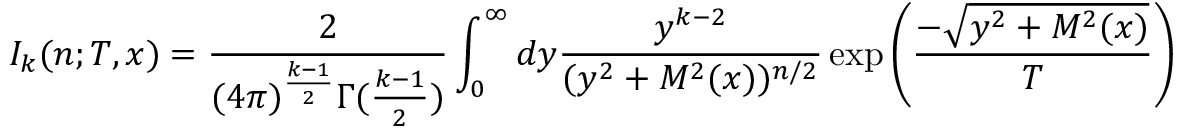
I _ { k } ( n ; T , x ) = \frac { 2 } { ( 4 \pi ) ^ { \frac { k - 1 } { 2 } } \Gamma ( \frac { k - 1 } { 2 } ) } \int _ { 0 } ^ { \infty } d y \frac { y ^ { k - 2 } } { ( y ^ { 2 } + M ^ { 2 } ( x ) ) ^ { n / 2 } } \exp \left( \frac { - \sqrt { y ^ { 2 } + M ^ { 2 } ( x ) } } { T } \right)